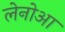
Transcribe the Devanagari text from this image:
लेनोआ